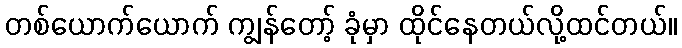
တစ်ယောက်ယောက် ကျွန်တော့် ခုံမှာ ထိုင်နေတယ်လို့ထင်တယ်။